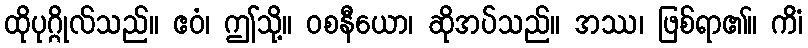
ထိုပုဂ္ဂိုလ်သည်။ ဧဝံ၊ ဤသို့။ ဝစနီယော၊ ဆိုအပ်သည်။ အဿ၊ ဖြစ်ရာ၏။ ကိံ၊